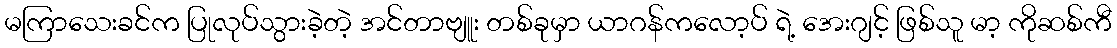
မကြာသေးခင်က ပြုလုပ်သွားခဲ့တဲ့ အင်တာဗျူး တစ်ခုမှာ ယာဂန်ကလော့ပ် ရဲ့ အေးဂျင့် ဖြစ်သူ မာ့ ကိုဆစ်ကီ